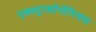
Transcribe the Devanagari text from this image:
एक्स्ट्राकॉर्पोरियल